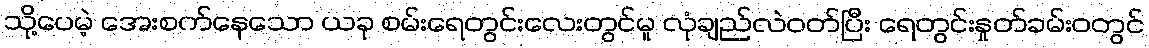
သို့ပေမဲ့ အေးစက်နေသော ယခု စမ်းရေတွင်းလေးတွင်မူ လုံချည်လဲဝတ်ပြီး ရေတွင်းနှုတ်ခမ်းဝတွင်